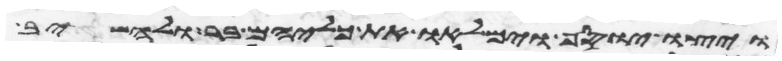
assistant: ויצו יוסף וימלאו את כליהם בר ולהשיב